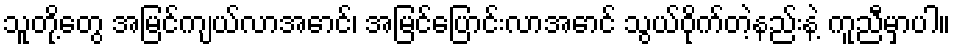
သူတို့တွေ အမြင်ကျယ်လာအောင်၊ အမြင်ပြောင်းလာအောင် သွယ်ဝိုက်တဲ့နည်းနဲ့ ကူညီမှာပါ။